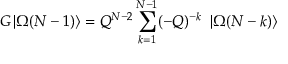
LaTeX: G \left| \Omega ( N - 1 ) \right\rangle = Q ^ { N - 2 } \sum _ { k = 1 } ^ { N - 1 } ( - Q ) ^ { - k } \ \left| \Omega ( N - k ) \right\rangle